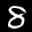
Label: 8